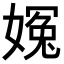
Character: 𡟰